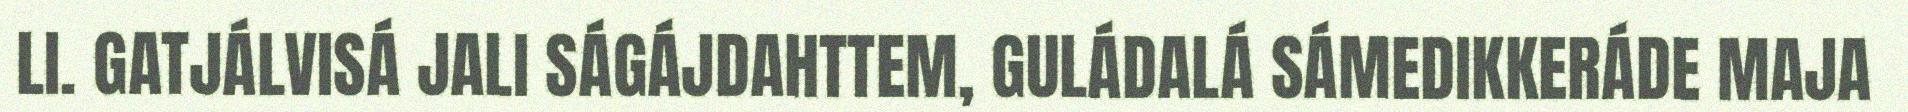
LI. GATJÁLVISÁ JALI SÁGÁJDAHTTEM, GULÁDALÁ SÁMEDIKKERÁDE MAJA